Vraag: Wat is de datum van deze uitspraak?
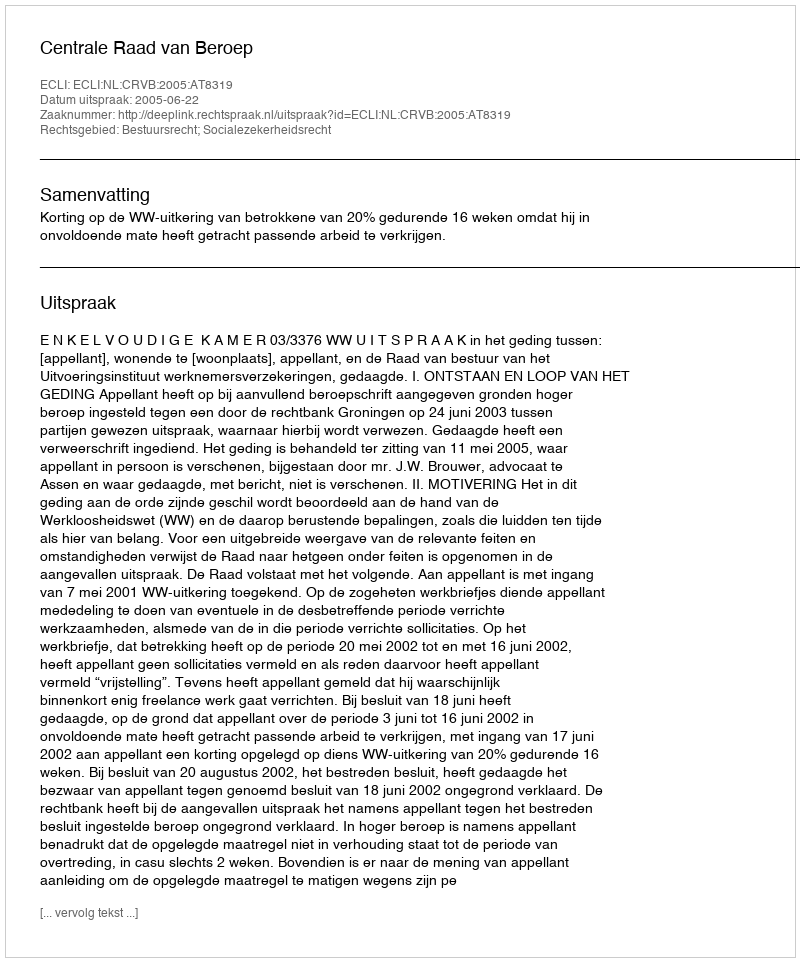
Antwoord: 2005-06-22